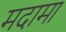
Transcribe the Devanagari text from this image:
मदामा